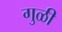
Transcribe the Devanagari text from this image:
गुळी